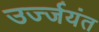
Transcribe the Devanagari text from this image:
उर्ज्जयंत